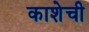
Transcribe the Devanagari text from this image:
काशेची